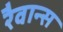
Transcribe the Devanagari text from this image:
रैवान्स